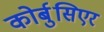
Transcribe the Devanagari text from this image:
कोर्बुसिएर